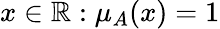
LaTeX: x\in\mathbb{R}:\mu_{A}(x)=1